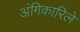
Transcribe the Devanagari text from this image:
अंगिकारिले